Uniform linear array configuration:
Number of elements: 16
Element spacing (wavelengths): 1
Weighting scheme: exponential
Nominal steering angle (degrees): -30
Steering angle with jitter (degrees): -28.462
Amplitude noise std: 0.05
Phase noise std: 0.05

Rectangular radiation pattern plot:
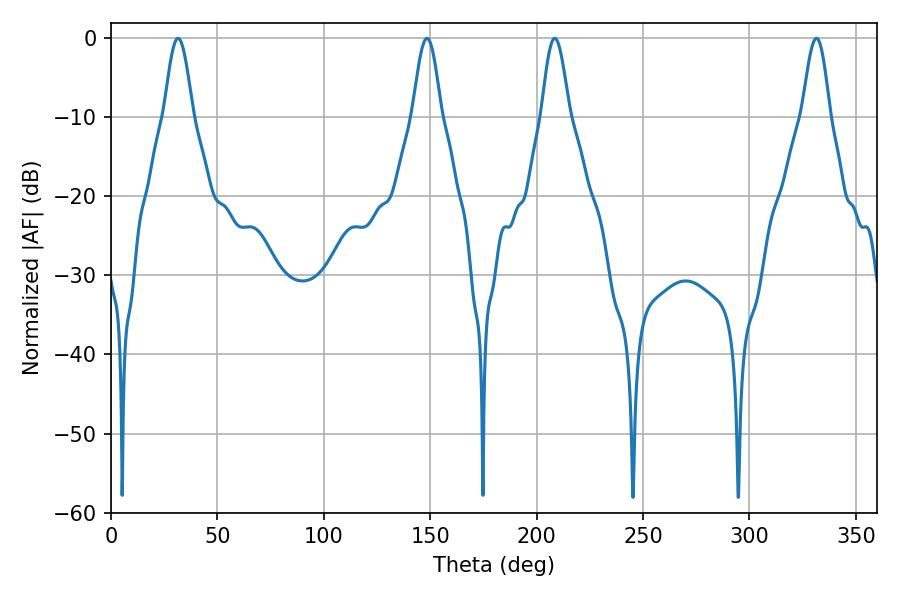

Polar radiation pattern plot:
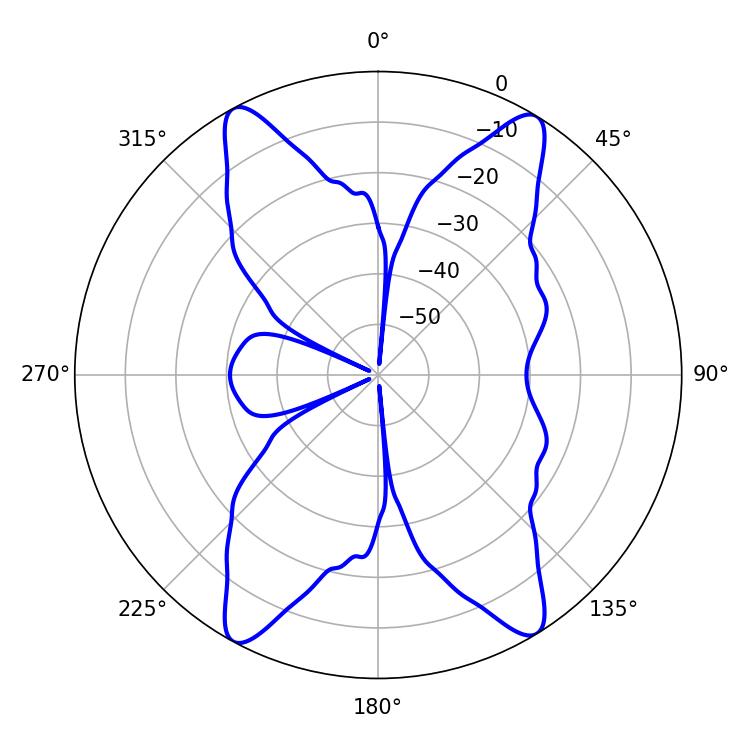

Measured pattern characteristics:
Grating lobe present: TRUE
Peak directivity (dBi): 20.254
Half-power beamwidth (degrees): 7.2
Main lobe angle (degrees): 31.5